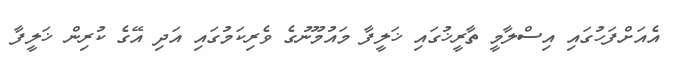
އެއަށްފަހުގައި އިސްލާމީ ތާރީޚުގައި ޚަލީފާ މައުމޫނުގެ ވެރިކަމުގައި އަދި އޭގެ ކުރިން ޚަލީފާ